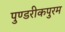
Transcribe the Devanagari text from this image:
पुण्डरीकपुरम